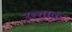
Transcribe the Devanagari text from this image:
उश्शाक़